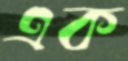
এক